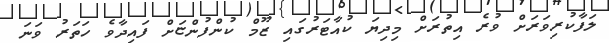
ލަފާކުރިވަރަށް ވުރެ އިތުރަށް މިދިޔަ ކުއާޓަރުގައި ޒޫމް ކުންފުންޏަށް ފައިދާވެ ހަތަރު ވަނަ